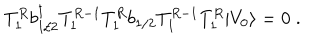
T _ { 1 } ^ { R } b { ^ \dagger _ { 1 / 2 } } T _ { 1 } ^ { R - 1 } T _ { 1 } ^ { R } b _ { 1 / 2 } T _ { 1 } ^ { R - 1 } T _ { 1 } ^ { R } \vert V _ { 0 } \rangle = 0 \; .